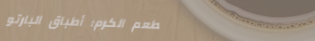
مطعم الكرم: أطباق البارتو